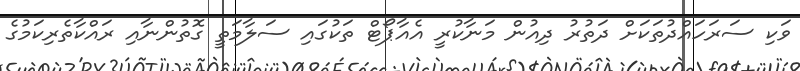
ވަކި ސަރަހައްދުތަކަށް ދަތުރު ދިއުން މަނާކުރީ އެއާޕޯޓް ތަކުގައި ސަލާމަތީ ގޮތުންނާއި ރައްކާތެރިކަމުގެ